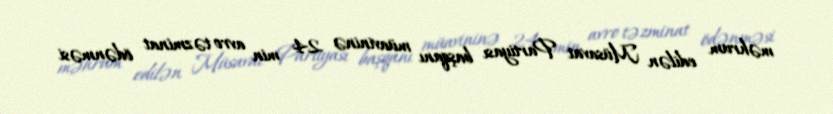
məhrum edilən Müsavat Partiyası başqanı müavininə 24 min avro təzminat ödənməsi